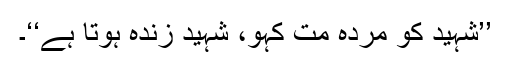
’’شہید کو مردہ مت کہو، شہید زندہ ہوتا ہے‘‘۔